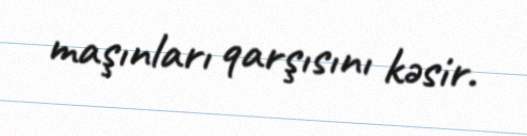
maşınları qarşısını kəsir.